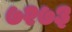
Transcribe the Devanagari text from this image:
७२७३